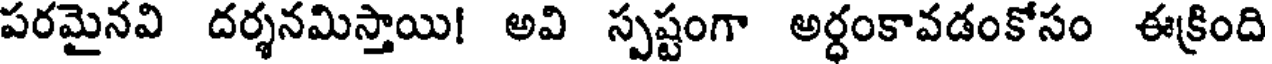
పరమైనవి దర్శనమిస్తాయి! అవి స్పష్టంగా అర్ధంకావడంకోసం ఈక్రింది